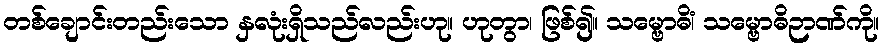
တစ်ချောင်းတည်းသော နှလုံးရှိသည်လည်းဟု။ ဟုတွာ၊ ဖြစ်၍။ သမ္ဗောဓိံ၊ သမ္ဗောဓိဉာဏ်ကို။